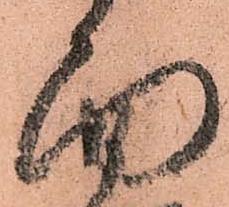
面